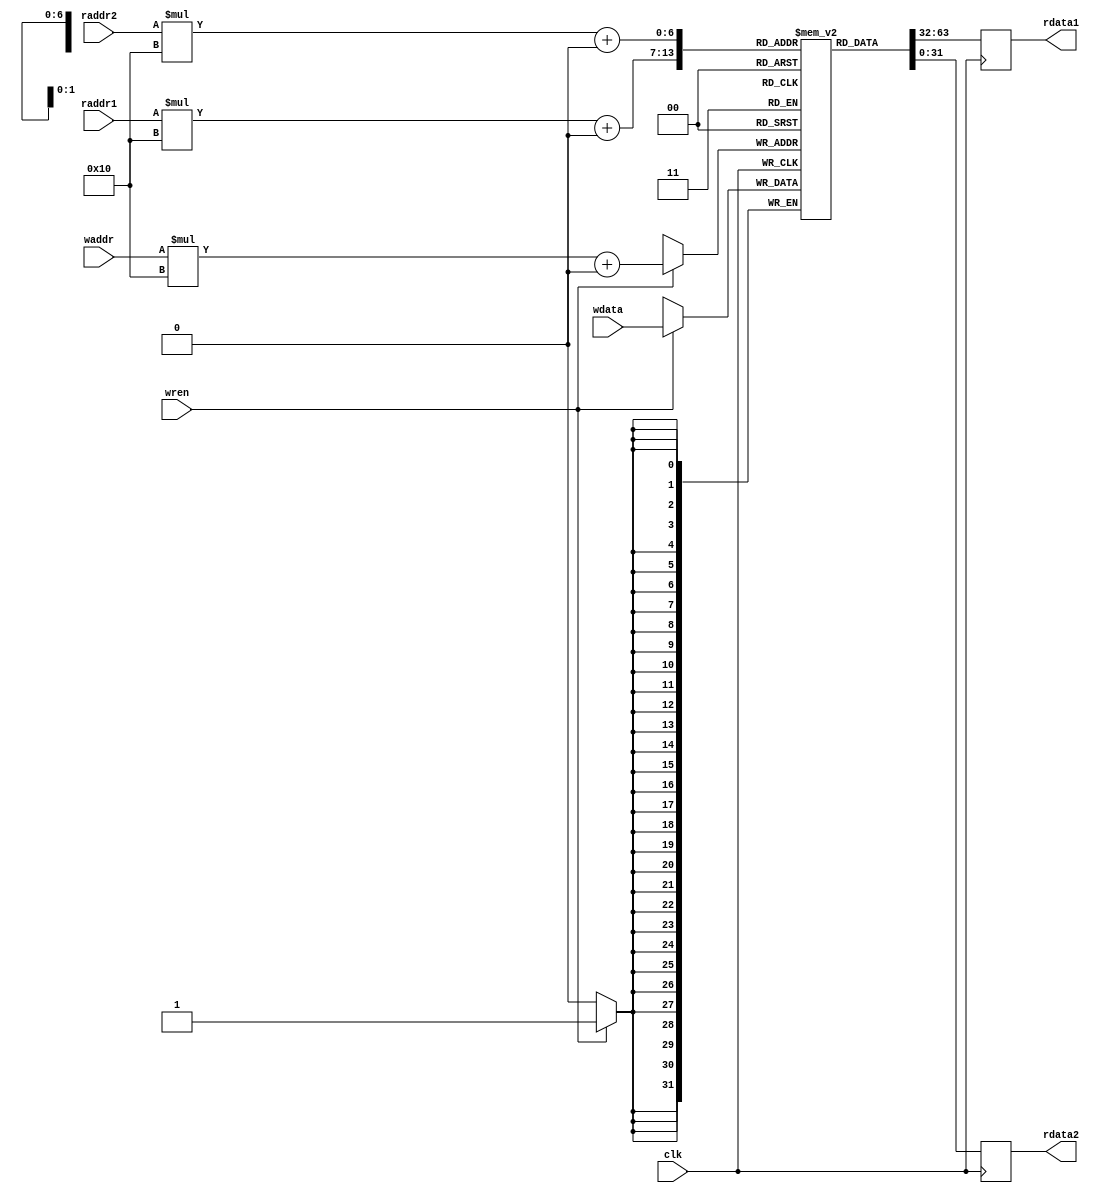
module RegisterFile (
    input wire clk,
    input wire [2:0] raddr1, raddr2, waddr,
    input wire wren,
    input wire [31:0] wdata,
    output reg [31:0] rdata1, rdata2
);

reg [31:0] mem[7:0][15:0];

always @(posedge clk) begin
    if (wren) begin
        mem[waddr][0] <= wdata;
    end
    
    rdata1 <= mem[raddr1][0];
    rdata2 <= mem[raddr2][0];
end

endmodule